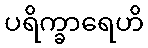
ပရိက္ခာရေဟိ